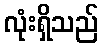
လုံးရှိသည်